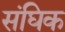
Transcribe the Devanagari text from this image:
संघिक